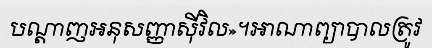
បណ្តាញអនុសញ្ញាស៊ីវិល»។អាណាព្យាបាលត្រូវ